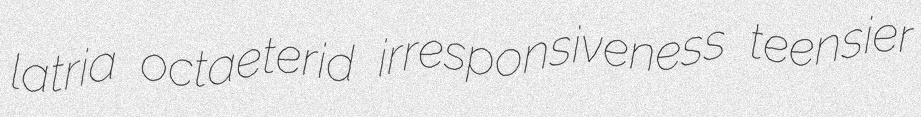
latria octaeterid irresponsiveness teensier